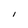
Character: I